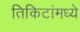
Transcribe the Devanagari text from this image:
तिकिटांमध्ये